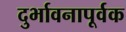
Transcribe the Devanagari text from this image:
दुर्भावनापूर्वक